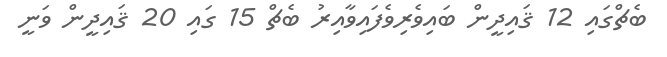
ބެޗްގައި 12 ޤައިދީން ބައިވެރިވެފައިވާއިރު ބެޗް 15 ގައި 20 ޤައިދީން ވަނީ